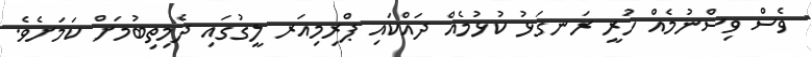
ވެސް ވިސްނުމެއް ހުރީ ރަނގަޅު ކުޅުމެއް ދައްކައި ޕްރިމިއަރ ލީގުގައި ދެމިތިބުމަށް ކަމަށެވެ.